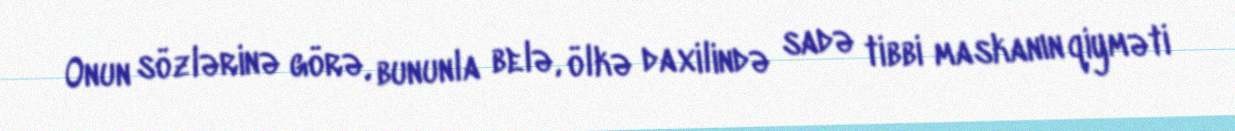
Onun sözlərinə görə, bununla belə, ölkə daxilində sadə tibbi maskanın qiyməti